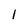
Character: 1